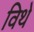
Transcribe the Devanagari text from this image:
विथे